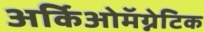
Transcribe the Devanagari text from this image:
अर्किओमॅग्नेटिक